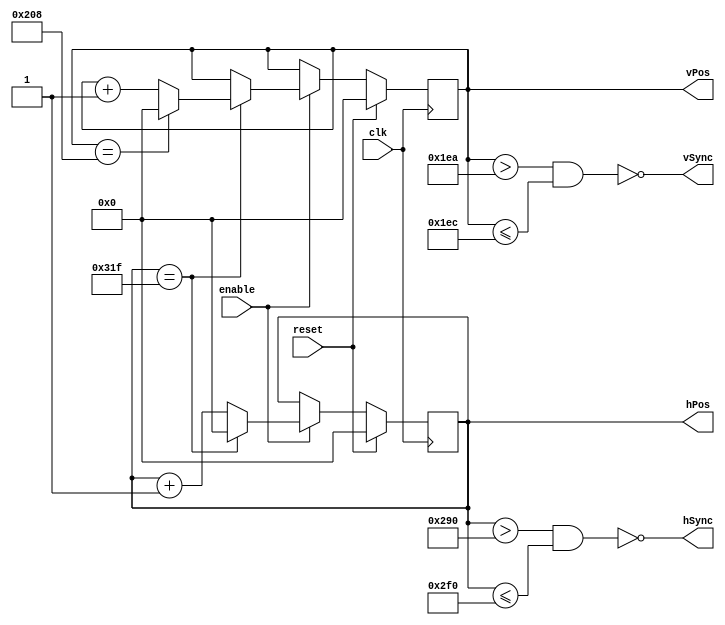
`timescale 1ns / 1ps
//////////////////////////////////////////////////////////////////////////////////
// Company: 
// Engineer: 
// 
// Design Name: 
// Module Name:    Vga 
// Project Name: 
// Target Devices: 
// Tool versions: 
// Description: 
//
// Dependencies: 
//
// Revision: 
// Revision 0.01 - File Created
// Additional Comments: 
//
//////////////////////////////////////////////////////////////////////////////////
module Vga(
    input clk,
    input enable,
    input reset,
    output hSync,
    output vSync,
    output [9:0] hPos,
    output [9:0] vPos
    );
	 
	 reg [9:0] hPos_reg;
	 reg [9:0] vPos_reg;

	 
	localparam LARGEUR_ECRAN = 640;
	localparam LARGEUR_FP = 16;
	localparam LARGEUR_BP = 48;
	localparam LARGEUR_PW = 96;
	localparam LARGEUR_FP_V = 10;
	localparam LARGEUR_BP_V = 29;
	localparam LARGEUR_PW_V = 2;
	localparam HAUTEUR_ECRAN = 480;
	
	 always @ (posedge clk) begin
        if (reset)  
        begin
            hPos_reg <= 0;
            vPos_reg <= 0;
        end
        else if (enable)  
        begin
            if (hPos_reg == (LARGEUR_ECRAN + LARGEUR_FP + LARGEUR_BP + LARGEUR_PW-1))// end of line
					if (vPos_reg==HAUTEUR_ECRAN + LARGEUR_FP_V + LARGEUR_BP_V + LARGEUR_PW_V-1)begin
						vPos_reg <=0;
						hPos_reg <=0;
						end
            else begin
                hPos_reg <= 0;
                vPos_reg <= vPos_reg + 1;
            end
            else 
                hPos_reg <= hPos_reg + 1;

            
        end
    end

 
    assign hSync = ~((hPos_reg > (LARGEUR_ECRAN + LARGEUR_FP) ) & (hPos_reg <= (LARGEUR_ECRAN + LARGEUR_FP + LARGEUR_PW)));
    assign vSync = ~((vPos_reg > (HAUTEUR_ECRAN + LARGEUR_FP_V)) & (vPos_reg <= (HAUTEUR_ECRAN + LARGEUR_FP_V + LARGEUR_PW_V)));

    
    assign hPos = hPos_reg;
    assign vPos = vPos_reg;

endmodule